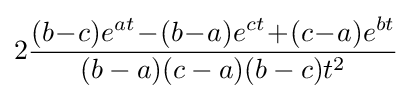
2{\frac {(b\!-\!c)e^{at}\!-\!(b\!-\!a)e^{ct}\!+\!(c\!-\!a)e^{bt}}{(b-a)(c-a)(b-c)t^{2}}}